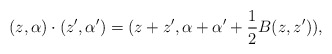
\begin{align*}(z,\alpha)\cdot(z',\alpha ')=(z+z',\alpha+\alpha '+\frac 1 2B(z,z')),\end{align*}